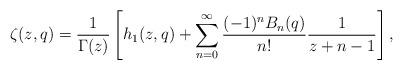
LaTeX: \begin{align*}\zeta(z,q)=\frac1{\Gamma(z)}\left[h_1(z,q)+\sum_{n=0}^{\infty} \frac{(-1)^nB_n(q)}{n!}\frac1{z+n-1}\right],\end{align*}